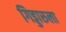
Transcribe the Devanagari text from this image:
गिड्डारुला